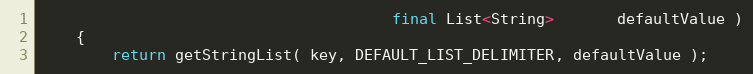
Language: Java
                                       final List<String>       defaultValue )
    {
        return getStringList( key, DEFAULT_LIST_DELIMITER, defaultValue );